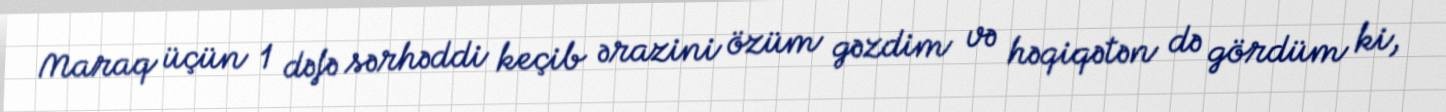
Maraq üçün 1 dəfə sərhəddi keçib ərazini özüm gəzdim və həqiqətən də gördüm ki,